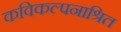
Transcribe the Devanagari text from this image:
कविकल्पनाश्रित